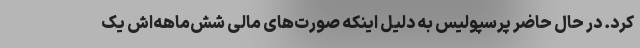
کرد. در حال حاضر پرسپولیس به دلیل اینکه صورت‌های مالی شش‌ماهه‌اش یک